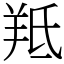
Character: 羝